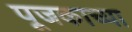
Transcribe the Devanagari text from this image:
पूजकाच्या